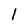
Character: 1